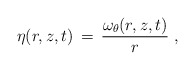
\begin{align*} \eta(r,z,t) \,=\, \frac{\omega_\theta(r,z,t)}{r}~,\end{align*}